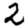
Digit: 2